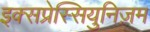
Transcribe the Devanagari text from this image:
इक्सप्रेस्सियुनिज़म